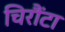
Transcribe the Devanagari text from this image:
चिरौंटा